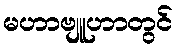
မဟာဗျူဟာတွင်